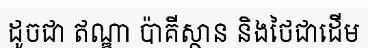
ដូចជា ឥណ្ឌា ប៉ាគីស្ថាន និងថៃជាដើម